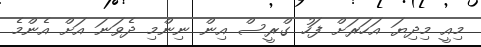
މިއީ މިދިޔަ އަހަރަށް ފަހު ގްރީސް އިން ނިންމި ދެވަނަ އަށް އެންމެ